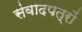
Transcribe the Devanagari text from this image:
संवादपत्रों